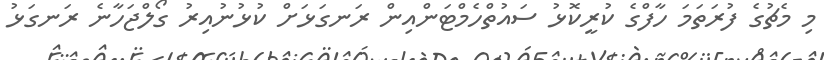
މި މެޗުގެ ފުރަތަމަ ހާފްގެ ކުރީކޮޅު ސައުތްހެމްޓަންއިން ރަނގަޅަށް ކުޅުނުއިރު ގޯލްޖަހާނެ ރަނގަޅު